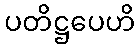
ပတိဋ္ဌပေဟိ